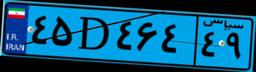
۸۲D۴۵۱۸۰